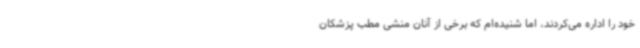
خود را اداره می‌کردند، اما شنیده‌ام که برخی از آنان منشی مطب پزشکان